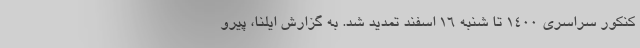
کنکور سراسری ۱۴۰۰ تا شنبه ۱۶ اسفند تمدید شد. به گزارش ایلنا، پیرو